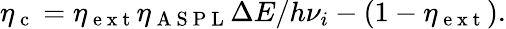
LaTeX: \eta_{\mathrm{~c~}}=\eta_{\mathrm{~e~x~t~}}\eta_{\mathrm{~A~S~P~L~}}\Delta E/h\nu_{i}-(1-\eta_{\mathrm{~e~x~t~}}).